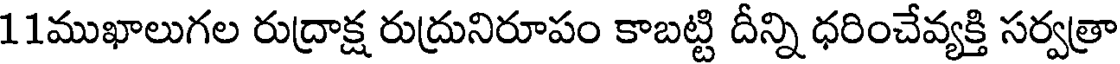
11ముఖాలుగల రుద్రాక్ష రుద్రునిరూపం కాబట్టి దీన్ని ధరించేవ్యక్తి సర్వత్రా